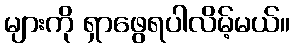
များကို ရှာဖွေရပါလိမ့်မယ်။